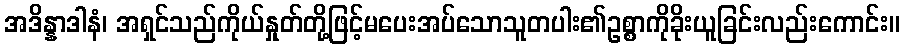
အဒိန္နာဒါနံ၊ အရှင်သည်ကိုယ်နှုတ်တို့ဖြင့်မပေးအပ်သောသူတပါး၏ဥစ္စာကိုခိုးယူခြင်းလည်းကောင်း။